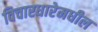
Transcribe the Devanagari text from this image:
विचारधारेमधील